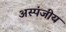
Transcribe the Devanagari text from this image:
अस्पंजीय